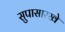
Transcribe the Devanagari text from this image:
सुपासारखे